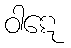
ဝါဋေ